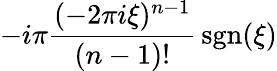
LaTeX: -i\pi{\frac{(-2\pi i\xi)^{n-1}}{(n-1)!}}\operatorname{sgn}(\xi)